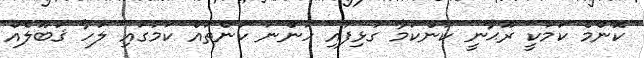
ކޮންމެ ކަމަކީ ރޫޙާނީ ކަންކަމާ ގުޅިފައި ހުންނަ ކަންތައް ކަމުގައި ލުހާ ޤަބޫލެއް